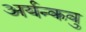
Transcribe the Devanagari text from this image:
अर्यन्कवु